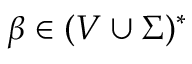
\beta \in ( V \cup \Sigma ) ^ { * }